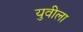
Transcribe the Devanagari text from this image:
युवीला